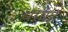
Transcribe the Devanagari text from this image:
थावह